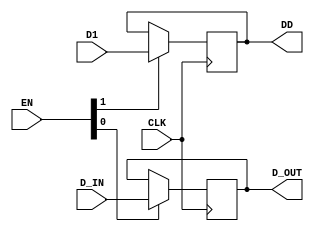
`timescale 1ns / 1ps
module Test13(input CLK, input [1:0] EN, input D_IN, input D1, output reg D_OUT, output reg DD);

    always@(posedge CLK) begin
        if(EN[0])
            D_OUT <= D_IN;
    end
    always@(posedge CLK) begin
        if(EN[1])
            DD <= D1;
    end
endmodule